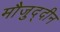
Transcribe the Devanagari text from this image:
मौजुद्दीन